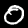
Digit: 0